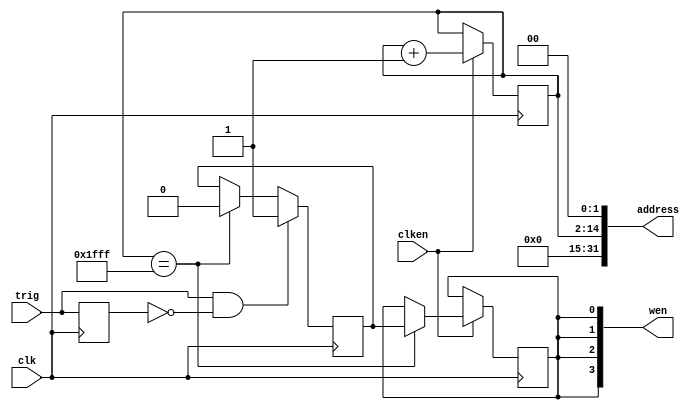
module address_counter #
(
  parameter integer COUNT_WIDTH = 13
)
(
  input  wire clken, 
  input  wire trig, 
  input  wire clk,
  output wire [31:0] address,
  output wire [3:0] wen 
);
  localparam count_max = (1 << COUNT_WIDTH) - 1;
  reg trig_reg;
  reg trig_detected;
  reg wen_reg;
  reg [COUNT_WIDTH-1:0] count;
  initial count = 0;
  initial trig_detected = 0;
  initial wen_reg = 0;
  always @(posedge clk) begin
    trig_reg <= trig;
    if (trig & ~trig_reg) begin
        trig_detected <= 1;
    end else if (count == count_max) begin
        trig_detected <= 0;
    end
  end
  always @(posedge clk) begin
    if (clken) begin
      count <= count + 1;
      if (count == count_max) begin
        wen_reg <= trig_detected;
      end
    end
  end
  assign address = count << 2;
  assign wen = {4{wen_reg}};
endmodule